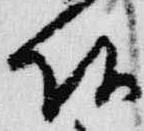
頭